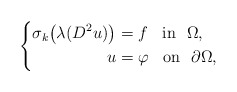
\begin{align*}\left\{ \begin{aligned} \sigma_k \big(\lambda(D^{2} u)\big) & = f \;\;\mbox{ in }~ \Omega, \\ u &= \varphi \;\;\mbox{ on }~ \partial \Omega,\end{aligned} \right.\end{align*}